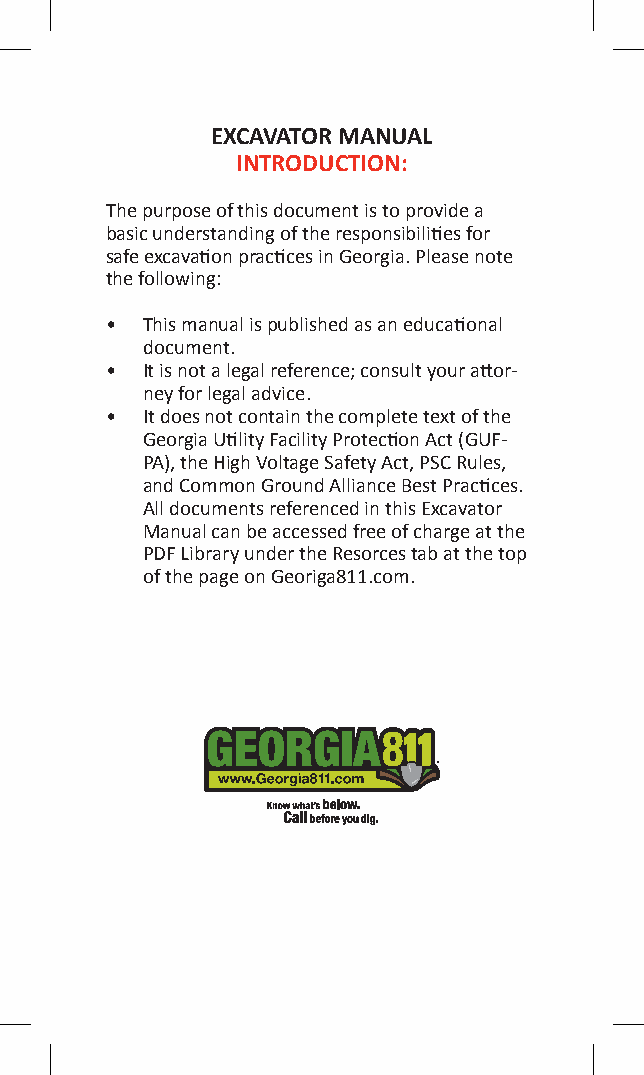
EXCAVATOR MANUAL
 INTRODUCTION:
 The purpose of this document is to provide a
 basic understanding of the responsibilities for
 safe excavation practices in Georgia. Please note
 the following:
 • This manual is published as an educational
 document.
 • It is not a legal reference; consult your attor-
 ney for legal advice.
 • It does not contain the complete text of the
 Georgia Utility Facility Protection Act (GUF-
 PA), the High Voltage Safety Act, PSC Rules,
 and Common Ground Alliance Best Practices.
 All documents referenced in this Excavator
 Manual can be accessed free of charge at the
 PDF Library under the Resorces tab at the top
 of the page on Georiga811.com.